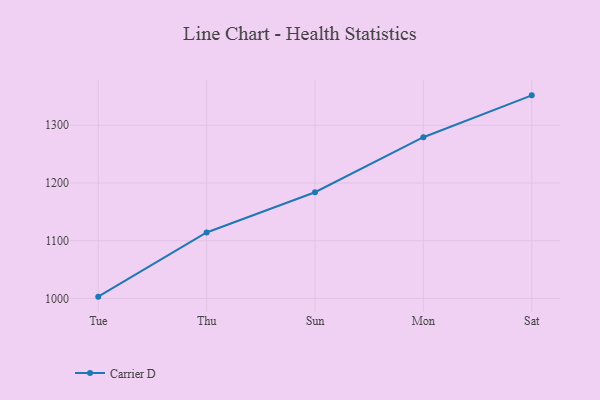
{"axis": {"x": "Day", "y": "Revenue (USD Million)"}, "legend": ["Carrier D"], "data": [{"x": "Tue", "y": 1003.1, "type": "Carrier D"}, {"x": "Thu", "y": 1114.3, "type": "Carrier D"}, {"x": "Sun", "y": 1184.0, "type": "Carrier D"}, {"x": "Mon", "y": 1279.3, "type": "Carrier D"}, {"x": "Sat", "y": 1351.8, "type": "Carrier D"}]}